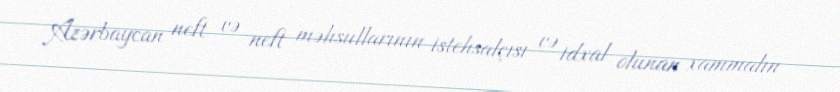
Azərbaycan neft və neft məhsullarının istehsalçısı və idxal olunan xammalın